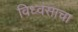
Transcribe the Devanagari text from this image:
विध्वंसाचा